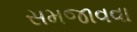
સમજાવવા